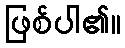
ဖြစ်ပါ၏။